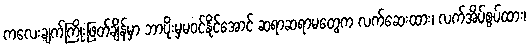
ကလေးချက်ကြိုးဖြတ်ချိန်မှာ ဘာပိုးမှမဝင်နိုင်အောင် ဆရာဆရာမတွေက လက်ဆေးထား၊ လက်အိပ်စွပ်ထား၊